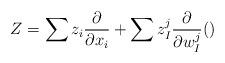
LaTeX: \begin{align*}Z=\sum z_i\frac{\partial}{\partial x_i}+\sum z^j_I\frac{\partial}{\partial w^j_I}()\end{align*}